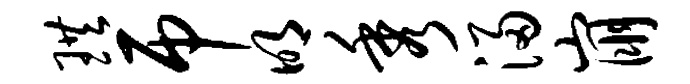
珙吊明秀浸崩